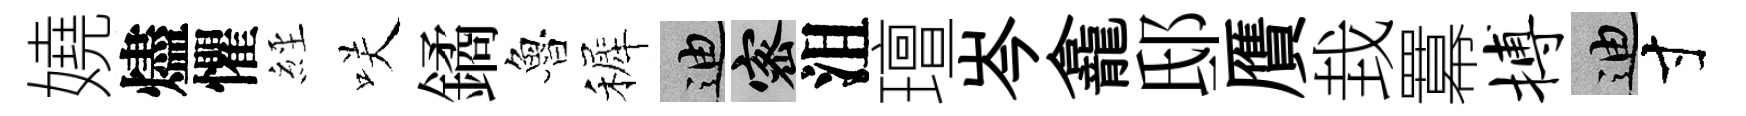
嬈燼懼𦀇咲鐍魯裤迪密沮璮岑龕邸贋㘽羃搏迪寸